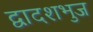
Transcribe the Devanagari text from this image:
द्वादशभुज